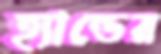
হ্যান্ডের